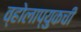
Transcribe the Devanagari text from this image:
व्होलाप्युकची